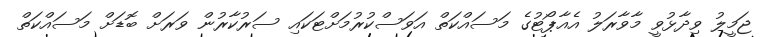
ޖަމީލު ވިދާޅުވީ މާވާރަލު އެއާޕޯޓުގެ މަސައްކަތް އަވަސްކުރުމަށްޓަކައި ސަރުކާރުން ވަރަށް ބޮޑަށް މަސައްކަތް